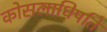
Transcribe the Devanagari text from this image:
कोसलाधिपति